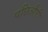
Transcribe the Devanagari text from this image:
पछिऔरी